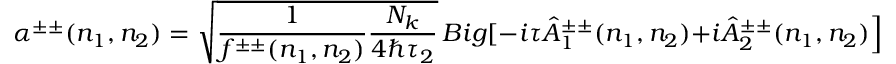
\alpha ^ { \pm \pm } ( n _ { 1 } , n _ { 2 } ) = \sqrt { \frac { 1 } { f ^ { \pm \pm } ( n _ { 1 } , n _ { 2 } ) } \frac { N _ { k } } { 4 \hbar \tau _ { 2 } } } \, B i g [ - i \tau \hat { A } _ { 1 } ^ { \pm \pm } ( n _ { 1 } , n _ { 2 } ) + i \hat { A } _ { 2 } ^ { \pm \pm } ( n _ { 1 } , n _ { 2 } ) \Big ] \ \ \ ,